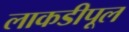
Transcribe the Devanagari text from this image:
लाकडीपूल